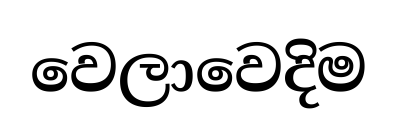
වෙලාවෙදිම